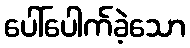
ပေါ်ပေါက်ခဲ့သော